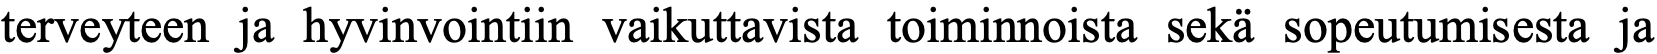
terveyteen ja hyvinvointiin vaikuttavista toiminnoista sekä sopeutumisesta ja